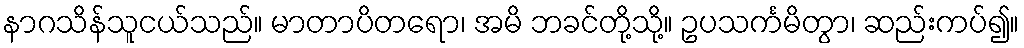
နာဂသိန်သူငယ်သည်။ မာတာပိတရော၊ အမိ ဘခင်တို့သို့။ ဥပသင်္ကမိတွာ၊ ဆည်းကပ်၍။